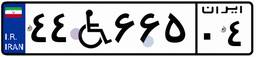
۴۴W۶۶۵۰۴